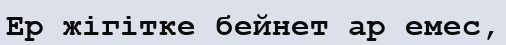
Ер жігітке бейнет ар емес,